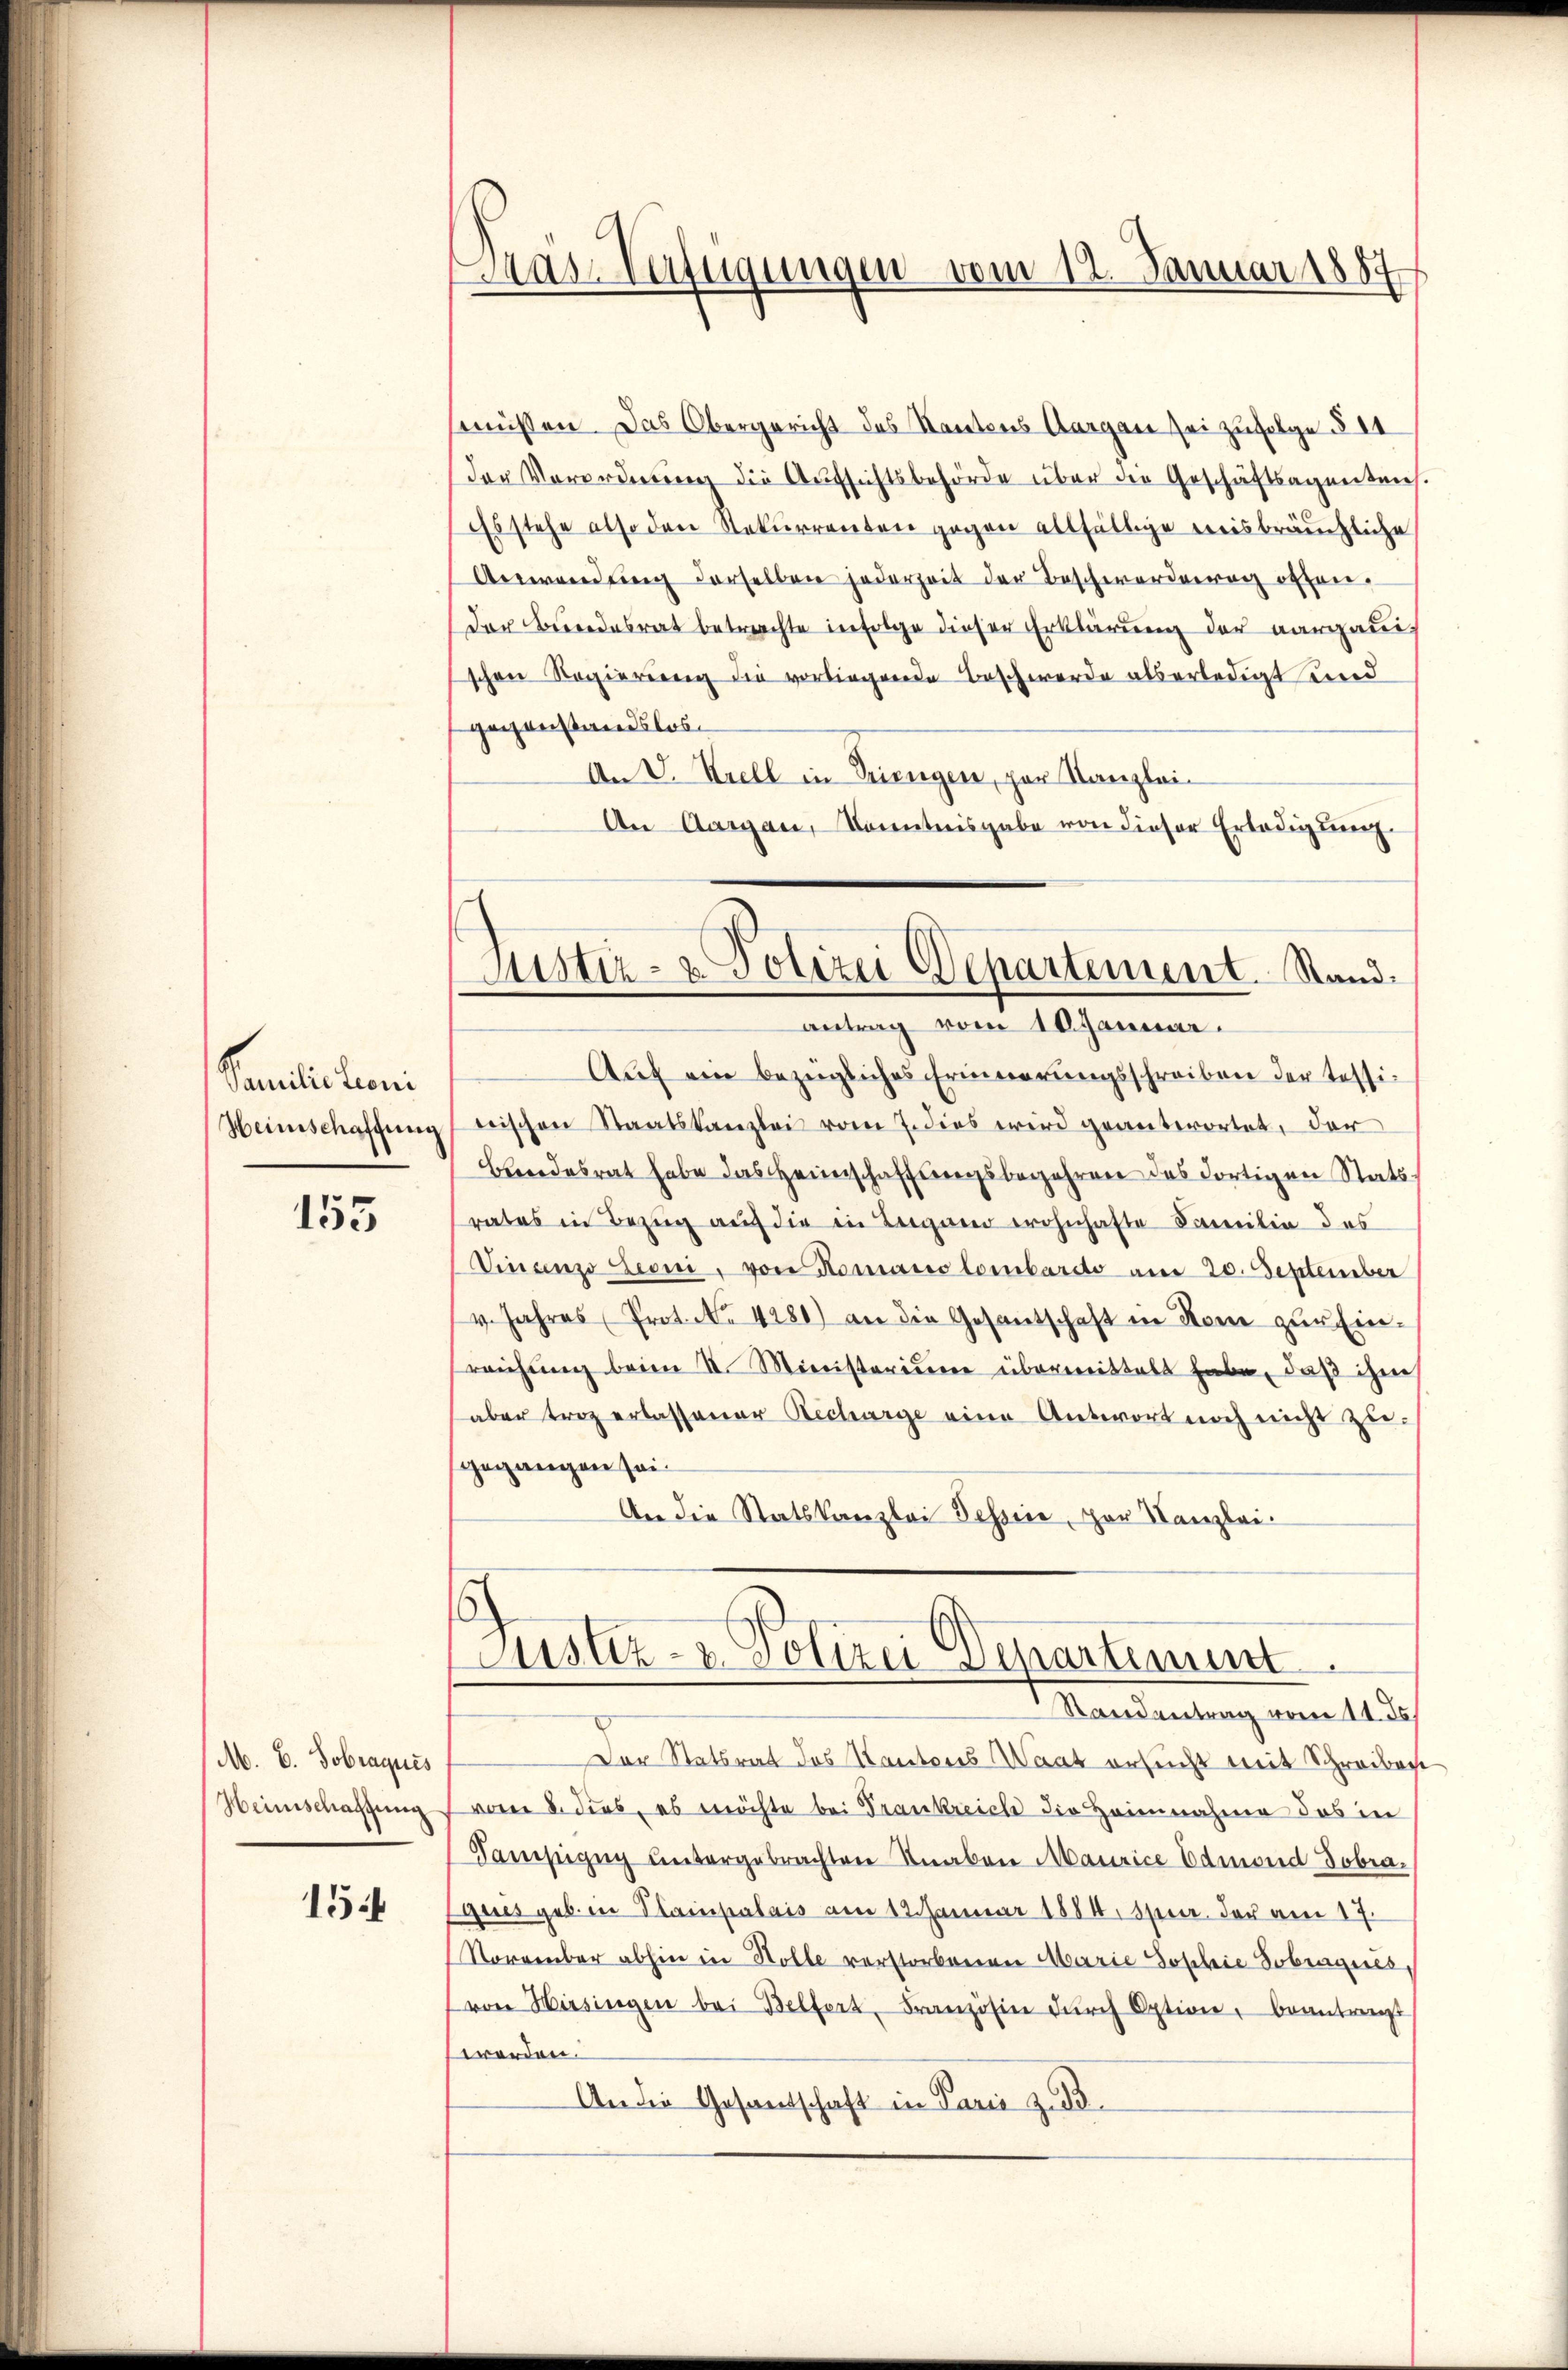
Familitioni
Heinschaffung

155

M. 6. Sobraquis
Heimschaffung

154

Das Verfügungen vom 12. Januar 1887

müssen. Das Obergericht des Kantons Aargau sei zufolge § 11
der Verordnung die Aufsichtsbehörde über die Geschäftsagentens.
Es stehe also den Rekurrenten gegen allfällige weisbräuchliche
Anwendung derselben jederzeit der Beschworderung offen.
der Bundesrat betrachte infolge dieser Erklärung der aargauischen Regierung die vorliegende Beschwerde als erledigt sind
gegenstandslos.
An V. Krell in Dringen, par Kanzlei-
An Aargau, Kenntnisgabe von dieser Erledigung.
Auf ein bezügliches Erinnerungsschreiben der Tessitrischen Staatskanzlei vom 7. dies wird geantwortet, der
Bundesrat habe das Heimschaffungsbegehren des dortigen Statsrates in Bezug auf die in Luganer wohnhafte Familie des
Vincenzo Leoni, von Romano lombardo am 20. September
v. Jahres Prot. No. 4281) an die Gesantschaft in Rome zŭr Einreichung beim II. Ministerium übermittelt habe, daß ihm
aber troz erlassener Recharge eine Antwort noch nicht zugegangen sei¬
An die Statskanzlei Tessine, par Kanzlei-
Justiz- & Polizei Departement
Mandantung vom 4. d.
Der Statsrat des Kantons Waat ersucht mit Schreiben
vom 8. dies, es möchte bei Trankreich die Heimnahme das in
Sampigug untergebrachten Knaben Maurice Edmond Tobragues geb. in Plainpalais am 12. Januar 1884, Oper. der am 17.
November abhin in Holle verstorbenen Marie Soschie Sobingeres,
von Hirsingen bei Belfort, Französin dŭrch Option, beantragt
erden.
An die Gesandschaft in Paris z. B.

Justiz- & Polizei Departement. Standantrag vom 18 Januar.